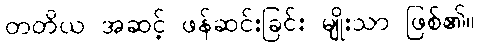
တတိယ အဆင့် ဖန်ဆင်းခြင်း မျိုးသာ ဖြစ်၏။